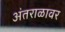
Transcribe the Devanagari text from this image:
अंतराळावर